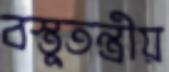
বস্তুতন্ত্রীয়